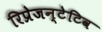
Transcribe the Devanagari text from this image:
रिप्रेजन्टेटिव